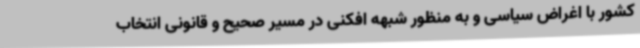
کشور با اغراض سیاسی و به منظور شبهه افکنی در مسیر صحیح و قانونی انتخاب